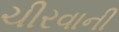
ચીરવાની